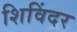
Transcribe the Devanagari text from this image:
शिविंदर